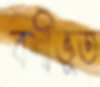
বশীভূত